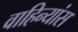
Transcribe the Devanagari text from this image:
वाहिन्यांस